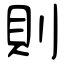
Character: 則